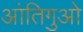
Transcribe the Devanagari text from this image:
आंतिगुओ